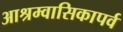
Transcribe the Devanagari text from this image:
आश्रम्वासिकापर्व